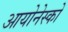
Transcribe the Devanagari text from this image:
आयोनेस्को